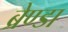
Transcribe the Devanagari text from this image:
ब्रेण्डा